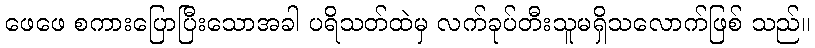
ဖေဖေ စကားပြောပြီးသောအခါ ပရိသတ်ထဲမှ လက်ခုပ်တီးသူမရှိသလောက်ဖြစ် သည်။